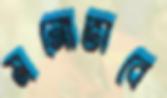
মনোভাবে